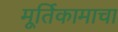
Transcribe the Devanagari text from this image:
मूर्तिकामाचा